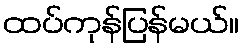
ထပ်ကုန်ပြန်မယ်။